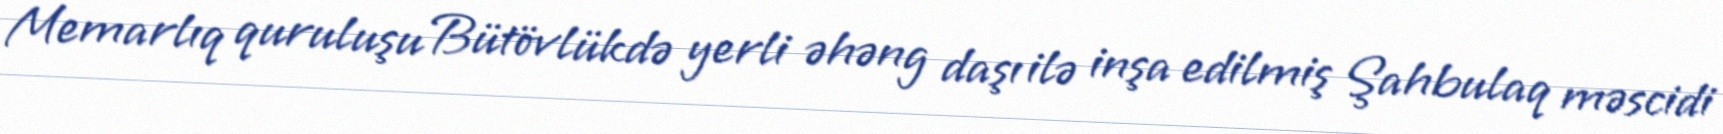
Memarlıq quruluşu Bütövlükdə yerli əhəng daşı ilə inşa edilmiş Şahbulaq məscidi